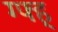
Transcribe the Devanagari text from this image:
ग्फ्ह्